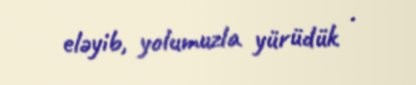
eləyib, yolumuzla yürüdük .